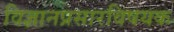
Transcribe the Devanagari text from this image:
विज्ञानप्रसारविषयक